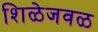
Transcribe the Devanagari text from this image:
शिळेजवळ